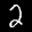
Digit: 2